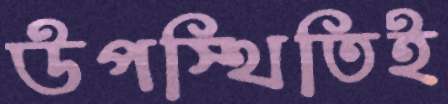
উপস্থিতিই